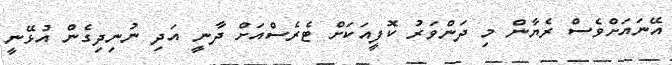
އޭނައަށްވެސް ރެޔާން މި ދަންވަރު ކޮފީއަކަށް ޓެރެސްއަށް ދާނީ އަދި ނުނިދިގެން އުޅޭނީ